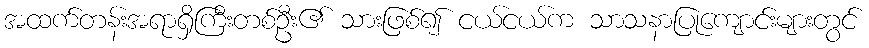
အထက်တန်းအရာရှိကြီးတစ်ဦး၏ သားဖြစ်၍ ငယ်ငယ်က သာသနာပြုကျောင်းများတွင်